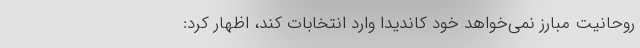
روحانیت مبارز نمی‌خواهد خود کاندیدا وارد انتخابات کند، اظهار کرد: